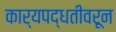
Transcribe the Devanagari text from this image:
कार्यपद्धतीवरून